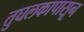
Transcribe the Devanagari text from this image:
तुघलकापासून